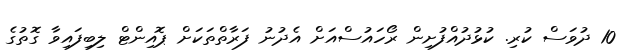
10 ދުވަސް ކުރި. ކުޅުދުއްފުށިން ރޯހައުސްއަށް އެދުނު ފަރާތްތަކަށް ޕޮއިންޓް ލިބިފައިވާ ގޮތުގެ